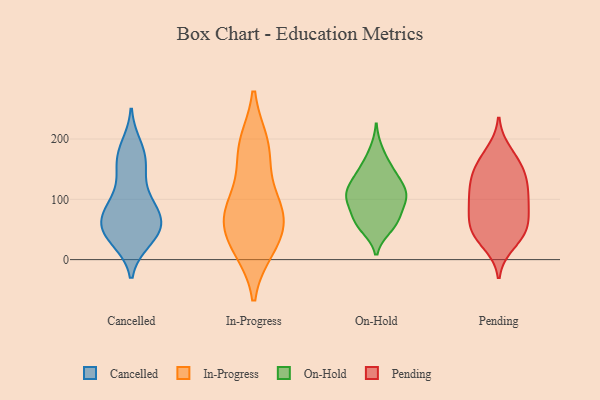
{"axis": {"x": "Tickets Resolved", "y": "Value"}, "legend": ["Cancelled", "In-Progress", "On-Hold", "Pending"], "data": [{"x": "", "y": 79, "type": "Cancelled"}, {"x": "", "y": 84, "type": "Cancelled"}, {"x": "", "y": 54, "type": "Cancelled"}, {"x": "", "y": 148, "type": "Cancelled"}, {"x": "", "y": 57, "type": "Cancelled"}, {"x": "", "y": 78, "type": "Cancelled"}, {"x": "", "y": 145, "type": "Cancelled"}, {"x": "", "y": 87, "type": "Cancelled"}, {"x": "", "y": 53, "type": "Cancelled"}, {"x": "", "y": 44, "type": "Cancelled"}, {"x": "", "y": 43, "type": "Cancelled"}, {"x": "", "y": 174, "type": "Cancelled"}, {"x": "", "y": 187, "type": "Cancelled"}, {"x": "", "y": 172, "type": "Cancelled"}, {"x": "", "y": 33, "type": "Cancelled"}, {"x": "", "y": 37, "type": "Cancelled"}, {"x": "", "y": 102, "type": "Cancelled"}, {"x": "", "y": 77, "type": "In-Progress"}, {"x": "", "y": 192, "type": "In-Progress"}, {"x": "", "y": 24, "type": "In-Progress"}, {"x": "", "y": 36, "type": "In-Progress"}, {"x": "", "y": 82, "type": "In-Progress"}, {"x": "", "y": 79, "type": "In-Progress"}, {"x": "", "y": 192, "type": "In-Progress"}, {"x": "", "y": 19, "type": "In-Progress"}, {"x": "", "y": 157, "type": "In-Progress"}, {"x": "", "y": 84, "type": "In-Progress"}, {"x": "", "y": 109, "type": "On-Hold"}, {"x": "", "y": 68, "type": "On-Hold"}, {"x": "", "y": 181, "type": "On-Hold"}, {"x": "", "y": 96, "type": "On-Hold"}, {"x": "", "y": 157, "type": "On-Hold"}, {"x": "", "y": 70, "type": "On-Hold"}, {"x": "", "y": 105, "type": "On-Hold"}, {"x": "", "y": 53, "type": "On-Hold"}, {"x": "", "y": 105, "type": "On-Hold"}, {"x": "", "y": 135, "type": "On-Hold"}, {"x": "", "y": 94, "type": "On-Hold"}, {"x": "", "y": 136, "type": "On-Hold"}, {"x": "", "y": 114, "type": "On-Hold"}, {"x": "", "y": 57, "type": "On-Hold"}, {"x": "", "y": 112, "type": "On-Hold"}, {"x": "", "y": 146, "type": "On-Hold"}, {"x": "", "y": 59, "type": "On-Hold"}, {"x": "", "y": 52, "type": "Pending"}, {"x": "", "y": 164, "type": "Pending"}, {"x": "", "y": 101, "type": "Pending"}, {"x": "", "y": 103, "type": "Pending"}, {"x": "", "y": 142, "type": "Pending"}, {"x": "", "y": 51, "type": "Pending"}, {"x": "", "y": 160, "type": "Pending"}, {"x": "", "y": 124, "type": "Pending"}, {"x": "", "y": 38, "type": "Pending"}, {"x": "", "y": 84, "type": "Pending"}, {"x": "", "y": 79, "type": "Pending"}, {"x": "", "y": 26, "type": "Pending"}, {"x": "", "y": 137, "type": "Pending"}, {"x": "", "y": 97, "type": "Pending"}, {"x": "", "y": 43, "type": "Pending"}, {"x": "", "y": 130, "type": "Pending"}, {"x": "", "y": 179, "type": "Pending"}, {"x": "", "y": 58, "type": "Pending"}]}